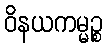
ဝိနယကမ္မဉ္စ